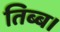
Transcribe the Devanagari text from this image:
तिब्ब।